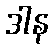
ဒါန